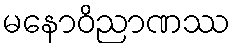
မနောဝိညာဏဿ